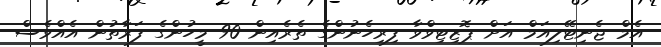
އެމް ޖެނިޓޭލިއަމް އަށް ޕޮޒިޓިވްވާ ފިރިހެނުންގެ ތެރެއިން 90 މީހުންގެ ފަރާތުން އެއްވެސް